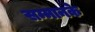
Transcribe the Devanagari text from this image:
सम्मानके